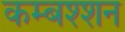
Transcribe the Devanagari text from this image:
कम्बश्शन